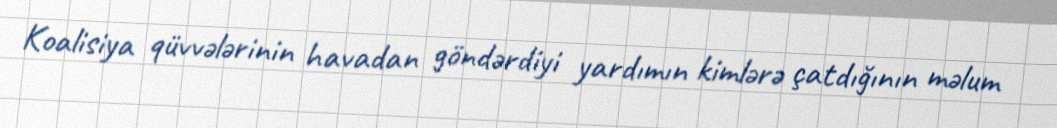
Koalisiya qüvvələrinin havadan göndərdiyi yardımın kimlərə çatdığının məlum